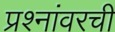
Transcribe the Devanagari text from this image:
प्रश्नांवरची